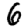
Digit: 6